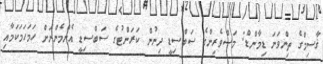
ޤާސިމްގެ ތިންވަނަ ޑިމާންޑް: މަސްވެރިންގެ ސަބްސިޑީ ދިނުން ކަރަންޓުގެ ސަބްސިޑީ އެންމެންނަށް ހަމަހަމަކަމާއި